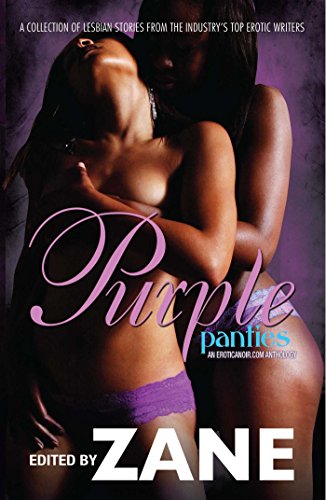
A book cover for Purple Panties: An Eroticanoir.com Anthology; Romance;